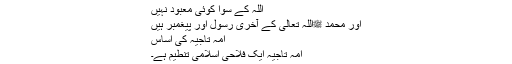
اللہ کے سوا کوئی معبود نہیں
اور محمد ﷺاللہ تعالیٰ کے آخری رسول اور پیغمبر ہیں
امہ تاجیہ کی اساس
امہ تاجیہ ایک فلاحی اسلامی تنطیم ہے۔